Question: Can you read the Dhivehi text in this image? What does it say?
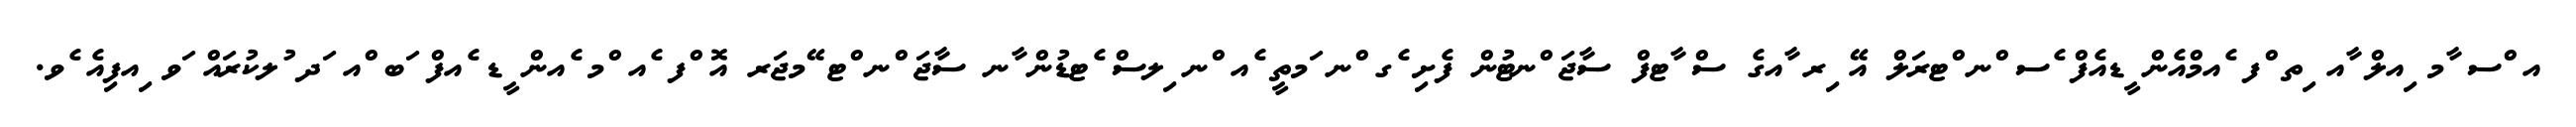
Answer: އ ްސ ާމ ިއލް ާއ ިތ ްފ ެއމްއެން ީޑއެފް ެސ ްނ ްޓރަލް އޭ ިރ ާއގެ ސް ާޓފް ސާޖަ ްނޓުން ފެށި ެގ ްނ ަމތީ ެއ ްނ ިލސް ެޓޑުން ާނ ސާޖަ ްނ ްޓ ޭމޖަރ އޮ ްފ ެއ ްމ ެއން ީޑ ެއފް ަބ ްއ ަދ ުލކުރައް ަވ ިއފިއެ ެވ.